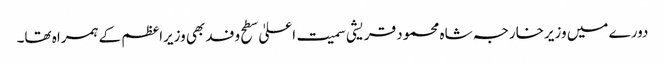
دورے میں وزیرخارجہ شاہ محمود قریشی سمیت اعلیٰ سطح وفد بھی وزیراعظم کے ہمراہ تھا۔